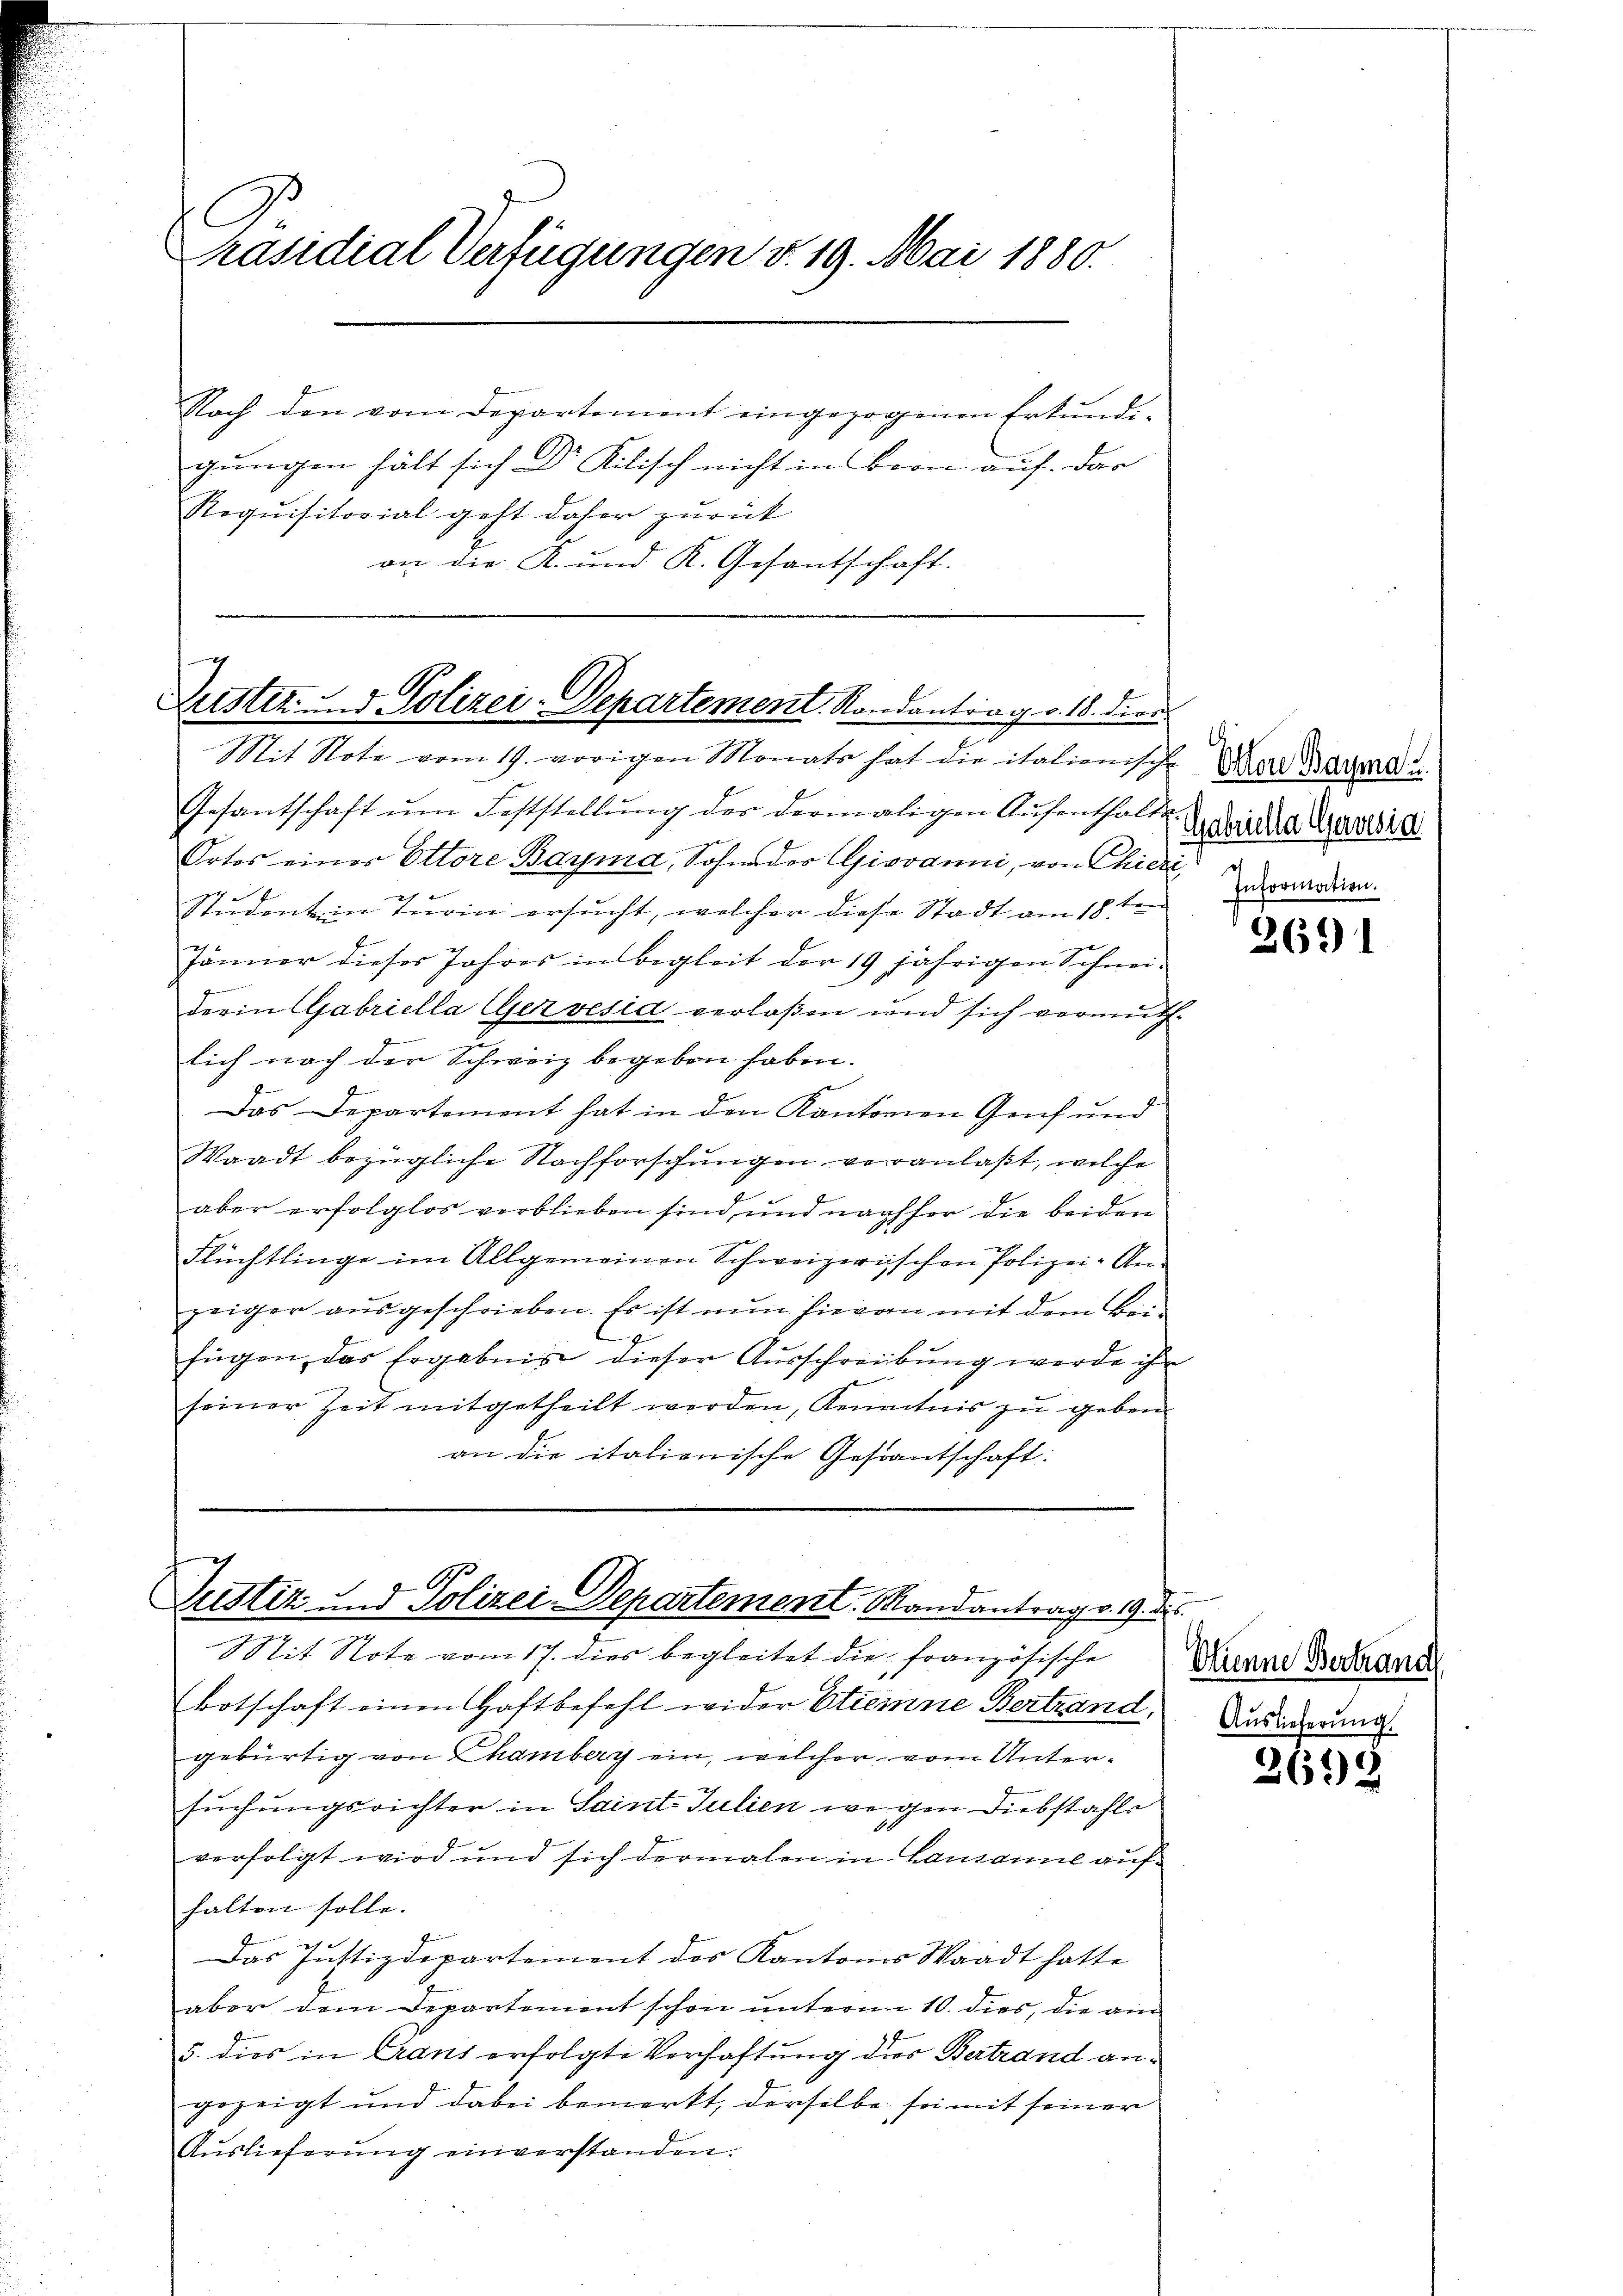
G
Präsidial-Verfügungen v. 19. Mai 1880.

Noch den vom Departement eingezogenen Erkundigungen hält sich Dr Kilisch nicht in Bern auf. Dar
Requisitorial geht daher zurück
on die K. und K. Gesantschaft.

Luster. - 5. Polizei-Departement. Randantrag v. 18. dien
Mit Note vom 19. vorigen Monats hat die italienische Dar Barend u.

Gesantschaft ŭm Feststellŭng des dermaligen Aŭfenthal u. 2. Die Karl
Ortes eines Ottore Barma, Sohne der Giovanni, von Chieri,
Student in Turin ersucht, welcher diese Stadt am 18ten
Jänner dieses Jahres in begleit der 19 jährigen Schneiderin Gabriella Gervesia verlaßen und sich vermuthlich nach der Schweiz begeben haben.
Das Departement hat in den Kantonen Genf und
Waadt bezügliche Nachforschungen veranlaßt, welche
aber erfolglos verblieben sind, und nachher die beiden
Flüchtlinge im Allgemeinen Schweizerischen Polizei-Anzeiger aŭsgeschrieben. Es ist nun hievon mit dem Bei-
.
fügen, das Ergebnis dieser Ausschreibung werde ihn
seiner Zeit mitgetheilt werden, Kenntnis zu geben
an die italienische Gestantschaft:

Justiz und Polizei-Departement. Mandantrag v. 19. d.

it Note vom 17. dies begleitet die französische
Botschaft einen Haftbefehl wider Etienne Bertrand,
gebürtig von Chamberg ein, welcher vom Untersuchungsrichter in Saint-Julien wegen Diebstahle
verfolgt wird und sich dermalen in Lausanne aufhalten solle.
Das Justizdepartement des Kantones Waadt hatte
aber dem Departement schon unterm 10. dies, die am
5. dies in Graus erfolgte Verhaftung dies Bertrand angezeigt und dabei bemerkt, derselbe sei mit seiner
Auslieferŭng einverstanden.

Information.

3691

Olinne Bertrand
Auslieferung

3698